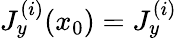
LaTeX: J_{y}^{(i)}(x_{0})=J_{y}^{(i)}